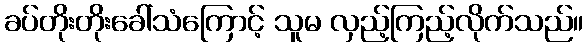
ခပ်တိုးတိုးခေါ်သံကြောင့် သူမ လှည့်ကြည့်လိုက်သည်။